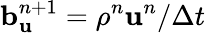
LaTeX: \mathbf b_{\mathbf u}^{n+1}=\rho^{n}\mathbf u^{n}/\Delta t